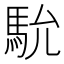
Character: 馻